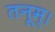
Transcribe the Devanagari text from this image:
तनूम्।